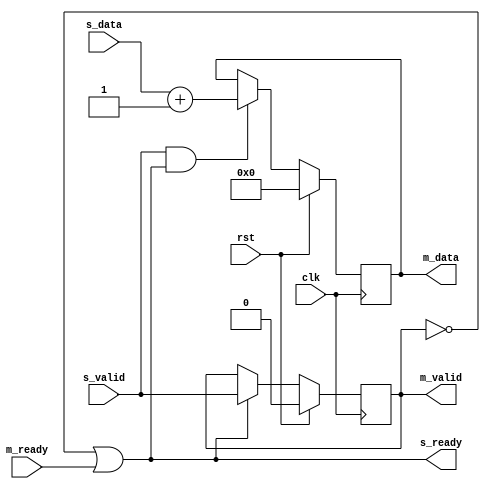
`timescale 1ns / 1ps
//////////////////////////////////////////////////////////////////////////////////
// Company: 
// 
// Design Name: 
// Module Name: handshake_pip
// Project Name: 
// Target Devices: 
// Tool Versions: 
// Description: 
// 
// Dependencies: 
// Wechat: Yangshen_0001
// Revision:
// Revision 0.01 - File Created
// Additional Comments:
// 
//////////////////////////////////////////////////////////////////////////////////

module handshake_pip#(
    parameter                 DW = 8
)
(
    input  wire               clk      ,
    input  wire               rst      ,
    input  wire               s_valid  ,
    output wire               s_ready  , 
    input  wire [DW-1 :0]     s_data   ,
    output reg                m_valid  ,
    input  wire               m_ready  ,    
    output reg  [DW-1 :0]     m_data   
);

assign s_ready = ~m_valid || m_ready  ;

always@(posedge clk)
begin
    if(rst == 1)
    begin
        m_valid <= 0       ;
    end
    else if(s_ready == 1)
    begin
        m_valid <= s_valid ;
    end
end

always@(posedge clk)
begin
    if(rst == 1)
    begin
        m_data <= 0          ;
    end
    else if(s_valid == 1 && s_ready == 1)
    begin
        m_data <= s_data + 1 ;
    end
end

endmodule